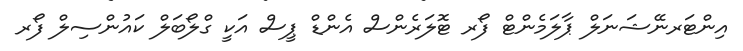
އިންޓަރނޭޝަނަލް ޕާލަމެންޓް ފޯރ ޓޮލަރެންސް އެންޑް ޕީސް އަކީ ގްލޯބަލް ކައުންސިލް ފޯރ